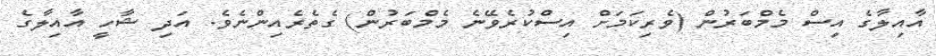
އާއިލާގެ އިސް މެމްބަރުން (ވެރިކަމަށް އިސްކުރެވޭނެ މެމްބަރުން) ގެތެރެއިންނެވެ. އަދި ޝާހީ އާއިލާގެ